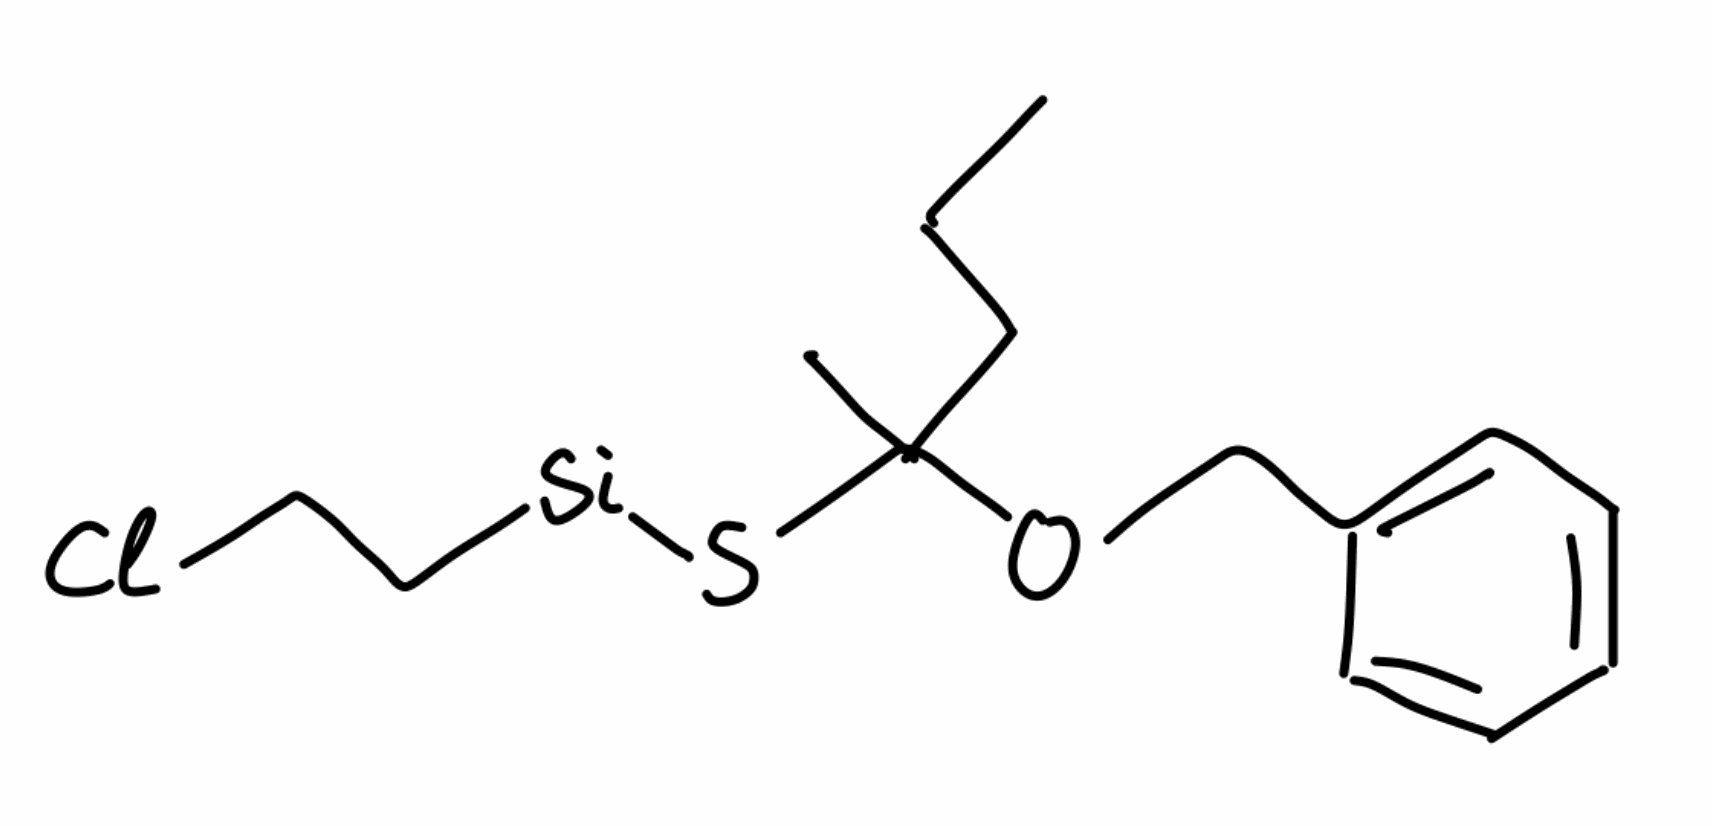
Simplified molecular-input line-entry system (SMILES) notation of the given molecule:
CCCC(C)(OCC1=CC=CC=C1)S[Si]CCCl